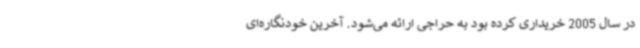
در سال 2005 خریداری کرده بود به حراجی ارائه می‌شود. آخرین خودنگاره‌ای